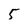
Character: 5